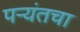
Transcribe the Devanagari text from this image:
पर्‍यंतचा